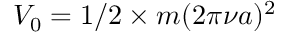
V _ { 0 } = 1 / 2 \times m ( 2 \pi \nu a ) ^ { 2 }